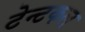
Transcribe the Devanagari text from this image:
टेन्टकल